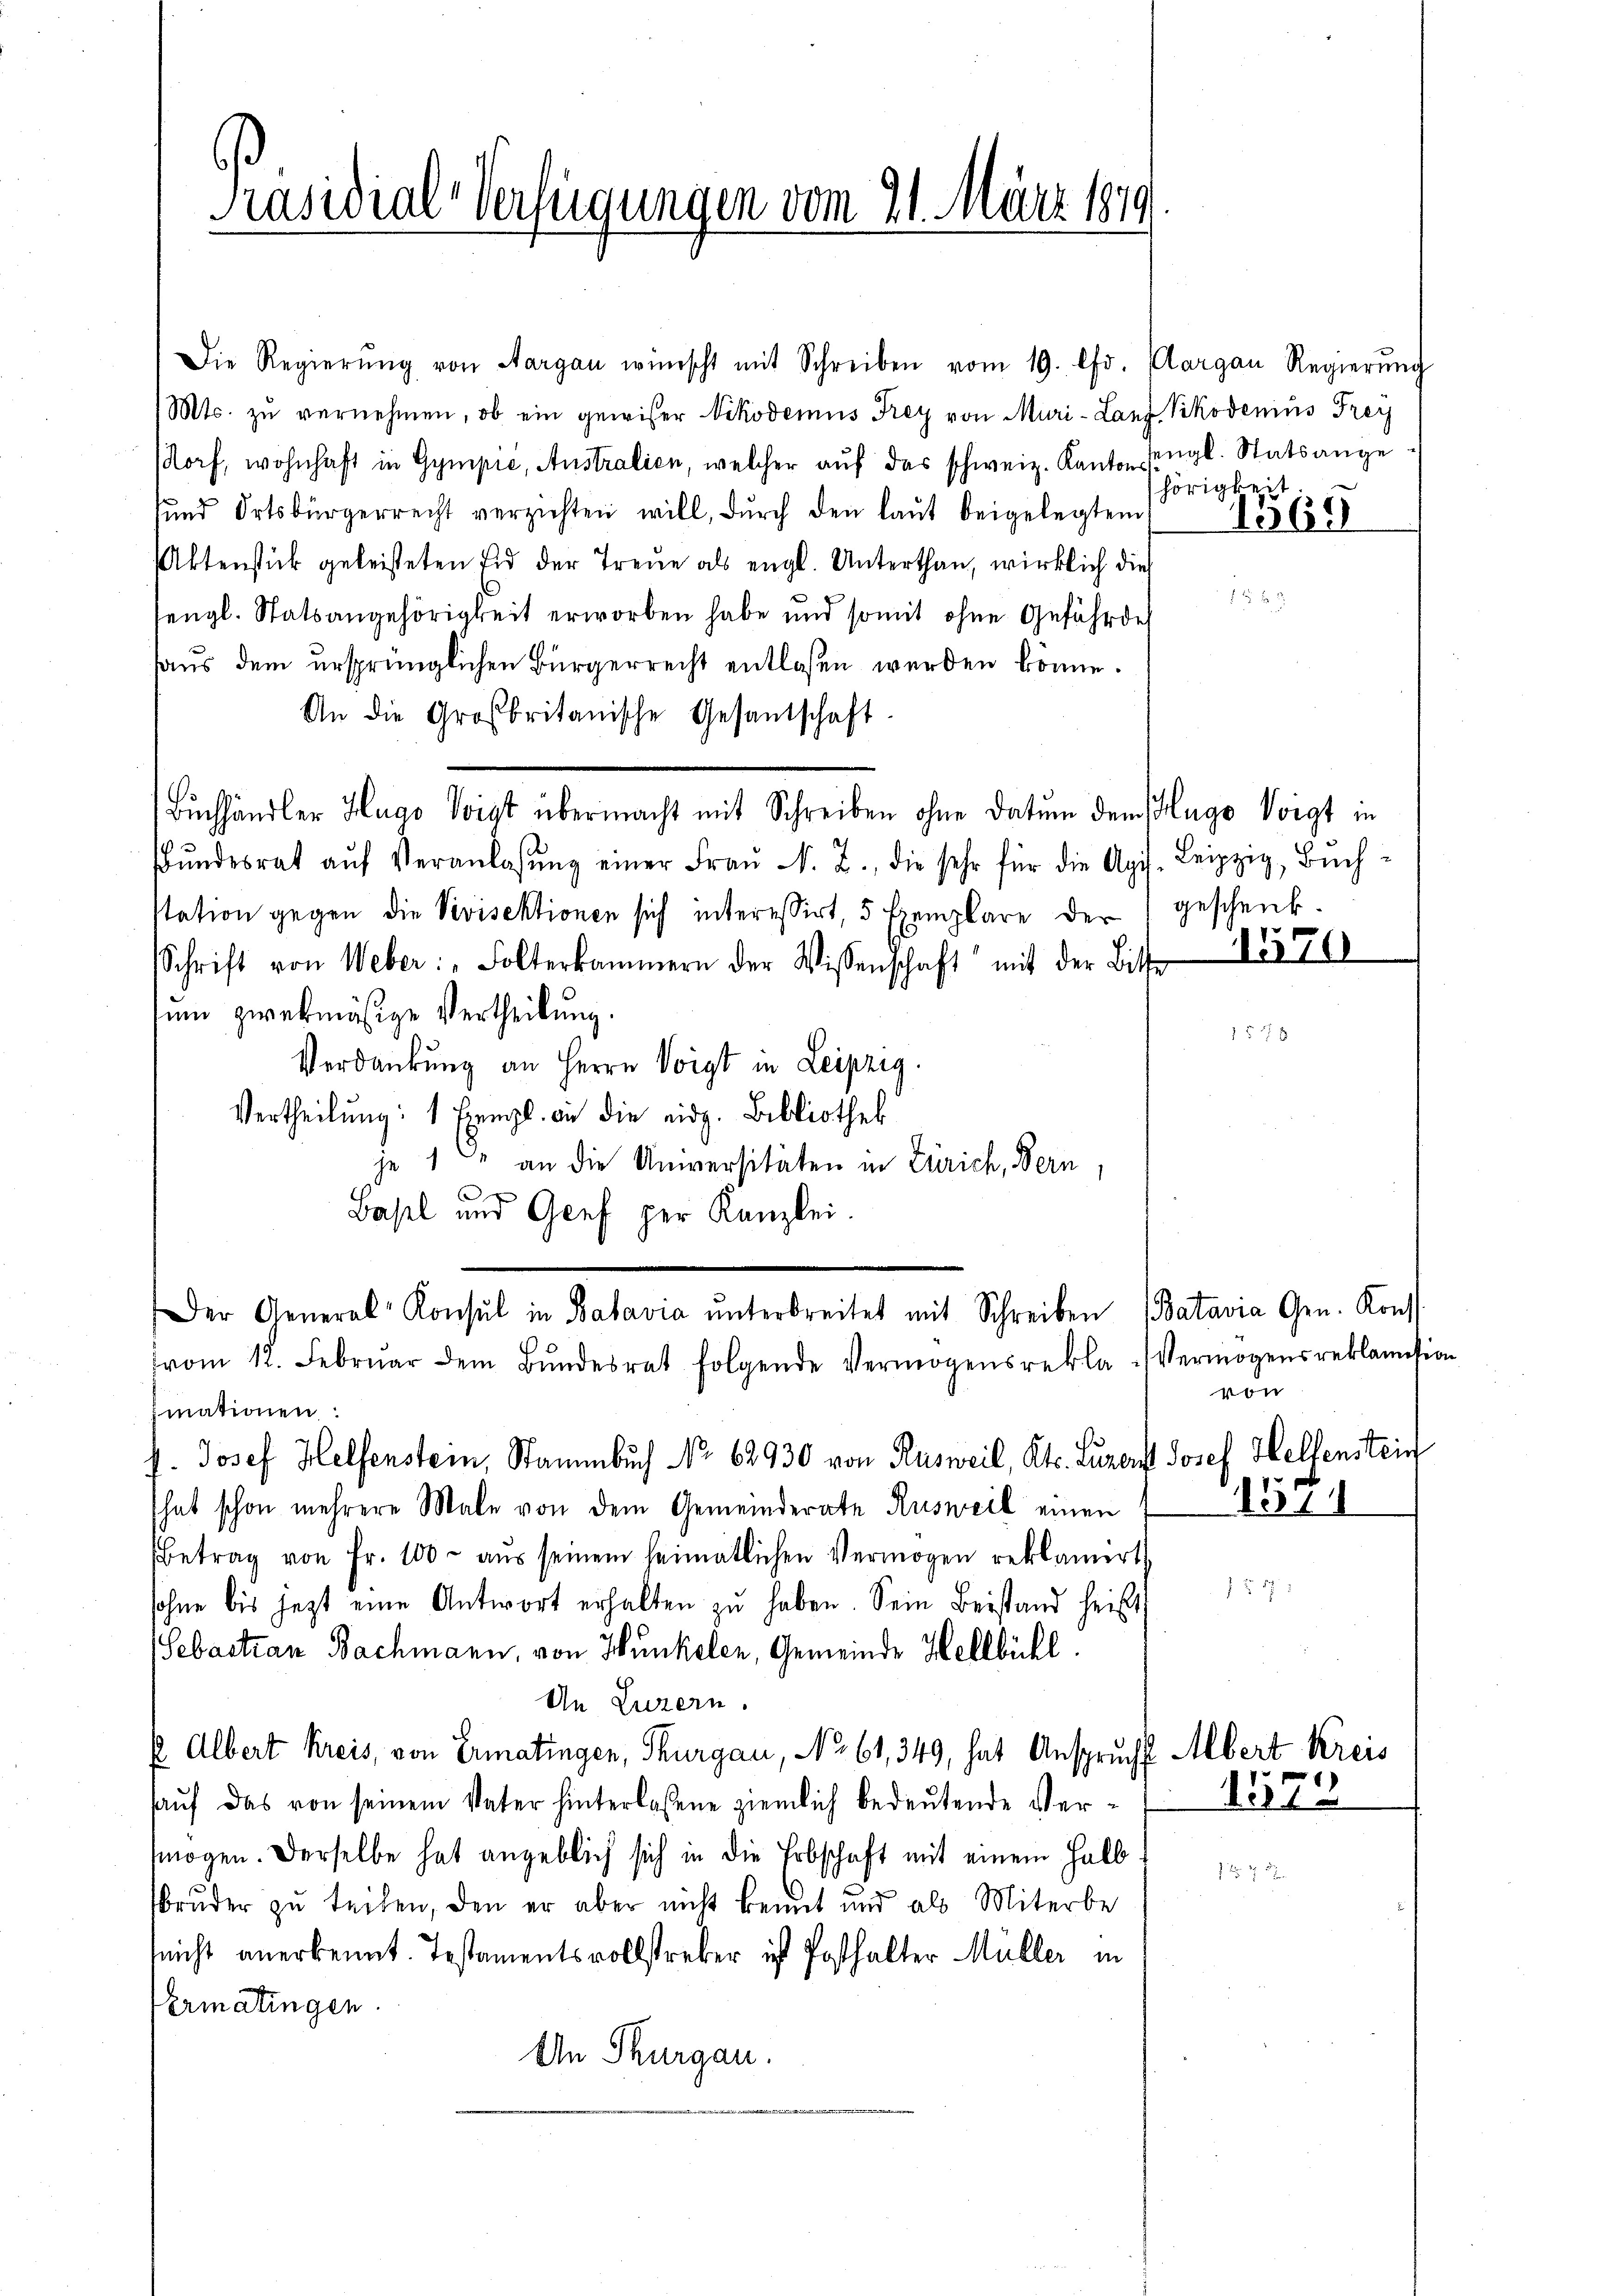
Präsidial-Verfügungen vom 21. März 1879

Die Regierŭng von Aargau wünscht mit Schreiben vom 19. Chr. Aargau Regierŭng
(Mts. zŭ vernehmen, ob ein gewiser Nikodemus Frey von Muri-Lanz Vikodenius Frey
sdorf, wohnhaft in Gympić, Anstralien, welcher aŭf das schweiz. Kanton engl. Statsange
sund Ortsbürgerrecht verzichten will, dŭrch den laut beigelegtem
Aktenstück geleisteten Eid der Treue als engl. Unterthan, wirklich dies
tengl. Statsangehörigkeit erworben habe und somit ohne Gefährde
aus dem ursprünglichen Bürgerrecht entlassen werden könne.
An die Großbritanische Gesandschaft.
Buchhändler Hugo Voigt übermacht mit Schreiben ohne Datum dem Hugo Voigt in
Bŭndesrat aŭf Veranlaβŭng einer Fr. 2. die sehr für die Ag. Leipzig, Bŭch-
station gegen die Vivisektionen sich interessirt, 5 Exemplare der geschenk-
Schrift von Weber: "Folterkammern der Wissenschaft mit der Bitte
tum zwekmäsige Vertheilung.
Verdankung an Herrn Voigt in Leipzig.
Vertheilung: 1 Exempl. an die eidg. Bibliothek
je 1 an die Universitäten in Zürich, Bern,
C
Basel und Genf per Kanzlei.
Der General-Konsul in Batavia ŭnterbreitet mit Schreiben (Batavia Gen. Konst
vom 12. Febrŭar dem Bŭndesrat folgende Vermögensrekla-Vermögens reklamision
fmationen
h. Josef Helfenstein, Stammbuch No. 62930 von Rusweil, Kts. Luzerst Josef Hellenstein
hat schon mehrere Male von dem Gemeinderate Rusweil einen
Betrag von Fr. 100 aŭs seinem heimatlichen Vermögen reklamirt
sohne bis jetzt eine Antwort erhalten zu haben. Sein Beistand heisst
Sebastian Bachmann, von Hunkelen, Gemeinde Hellbühl.
An Luzern.
P Albert Kreis, von Ermatingen, Thurgau, No. 61, 349, hat Ansprucht Albert
aŭf das von seinem Vater hinterlassene ziemlich bedeutende Ver-
mögen. Derselbe hat angeblich sich in die Erbschaft mit einem halb
bruder zu teilen, den er aber nicht kennt und als Miterbe
nicht anerkennt. Testamentsvollstreber ist Posthalter Müller in
Vermatingen.
An Thurgau.

hörigkeit.
1569

1572

570

von
1574

Kreis